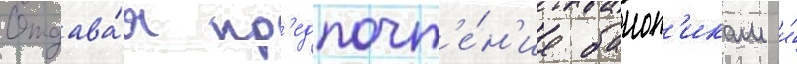
Отдава́я пр'едпочт'е́н'ие баиоп'икам и́